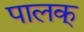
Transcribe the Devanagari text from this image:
पालक्